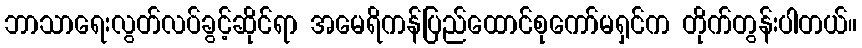
ဘာသာရေးလွတ်လပ်ခွင့်ဆိုင်ရာ အမေရိကန်ပြည်ထောင်စုကော်မရှင်က တိုက်တွန်းပါတယ်။